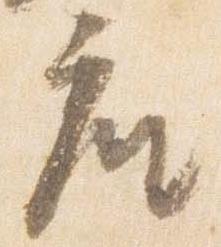
座